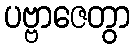
ပဗ္ဗာဇေတွာ